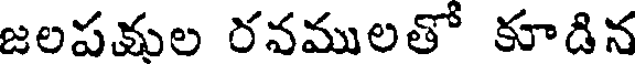
జలపకుల రవములతో కూడిన